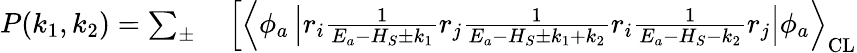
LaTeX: \begin{array}{rl}{P(k_{1},k_{2})=\sum_{\pm}}&{{}\left[\left\langle\phi_{a}\left|r_{i}\frac{1}{E_{a}-H_{S}\pm k_{1}}r_{j}\frac{1}{E_{a}-H_{S}\pm k_{1}+k_{2}}r_{i}\frac{1}{E_{a}-H_{S}-k_{2}}r_{j}\right|\phi_{a}\right\rangle_{\mathrm{CL}}\right.}\end{array}